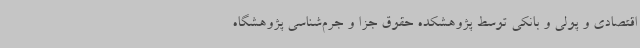
اقتصادی و پولی و بانکی توسط پژوهشکده حقوق جزا و جرم‌شناسی پژوهشگاه